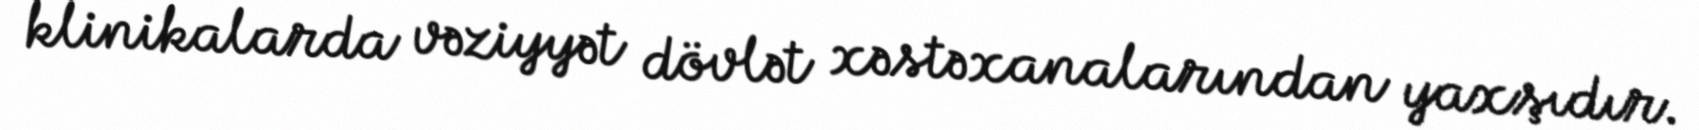
klinikalarda vəziyyət dövlət xəstəxanalarından yaxşıdır.